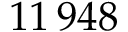
1 1 \, 9 4 8